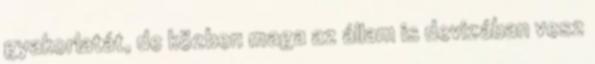
gyakorlatát, de közben maga az állam is devizában vesz